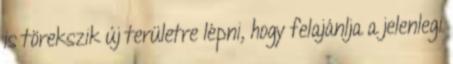
is törekszik új területre lépni, hogy felajánlja a jelenlegi